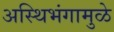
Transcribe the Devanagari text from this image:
अस्थिभंगामुळे